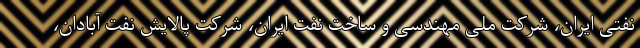
نفتی ایران، شرکت ملی مهندسی و ساخت نفت ایران، شرکت پالایش نفت آبادان،